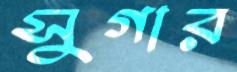
সুগার